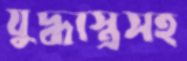
যুদ্ধাস্ত্রসহ